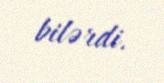
bilərdi.